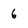
Character: 6